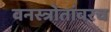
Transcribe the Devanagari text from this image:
वनस्त्रोतांवरच